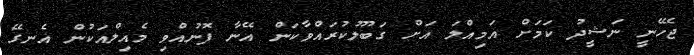
ޖެހޭނީ ނަޝީދު ކަމަށް އަމިއްލަ އަށް ގަބޫލުކުރައްވާކަން އޭނާ ފޮނުއްވި މެއިލްއަކުން އެނގޭ